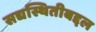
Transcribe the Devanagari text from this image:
सद्यस्थितीबद्दल